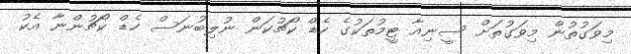
މިވަގުތުން މިވަގުތަށް ސީނިއާ ޓީމުތަކުގެ ހެޑް ކޯޗުކަން ނުލިބުނަސް ހެޑް ކޯޗުންނާ އެކު